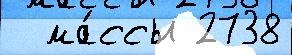
  ма́ссы 2738